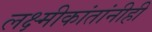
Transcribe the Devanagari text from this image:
लक्ष्मीकांतांनीही